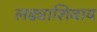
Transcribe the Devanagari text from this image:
लढ्याशिवाय